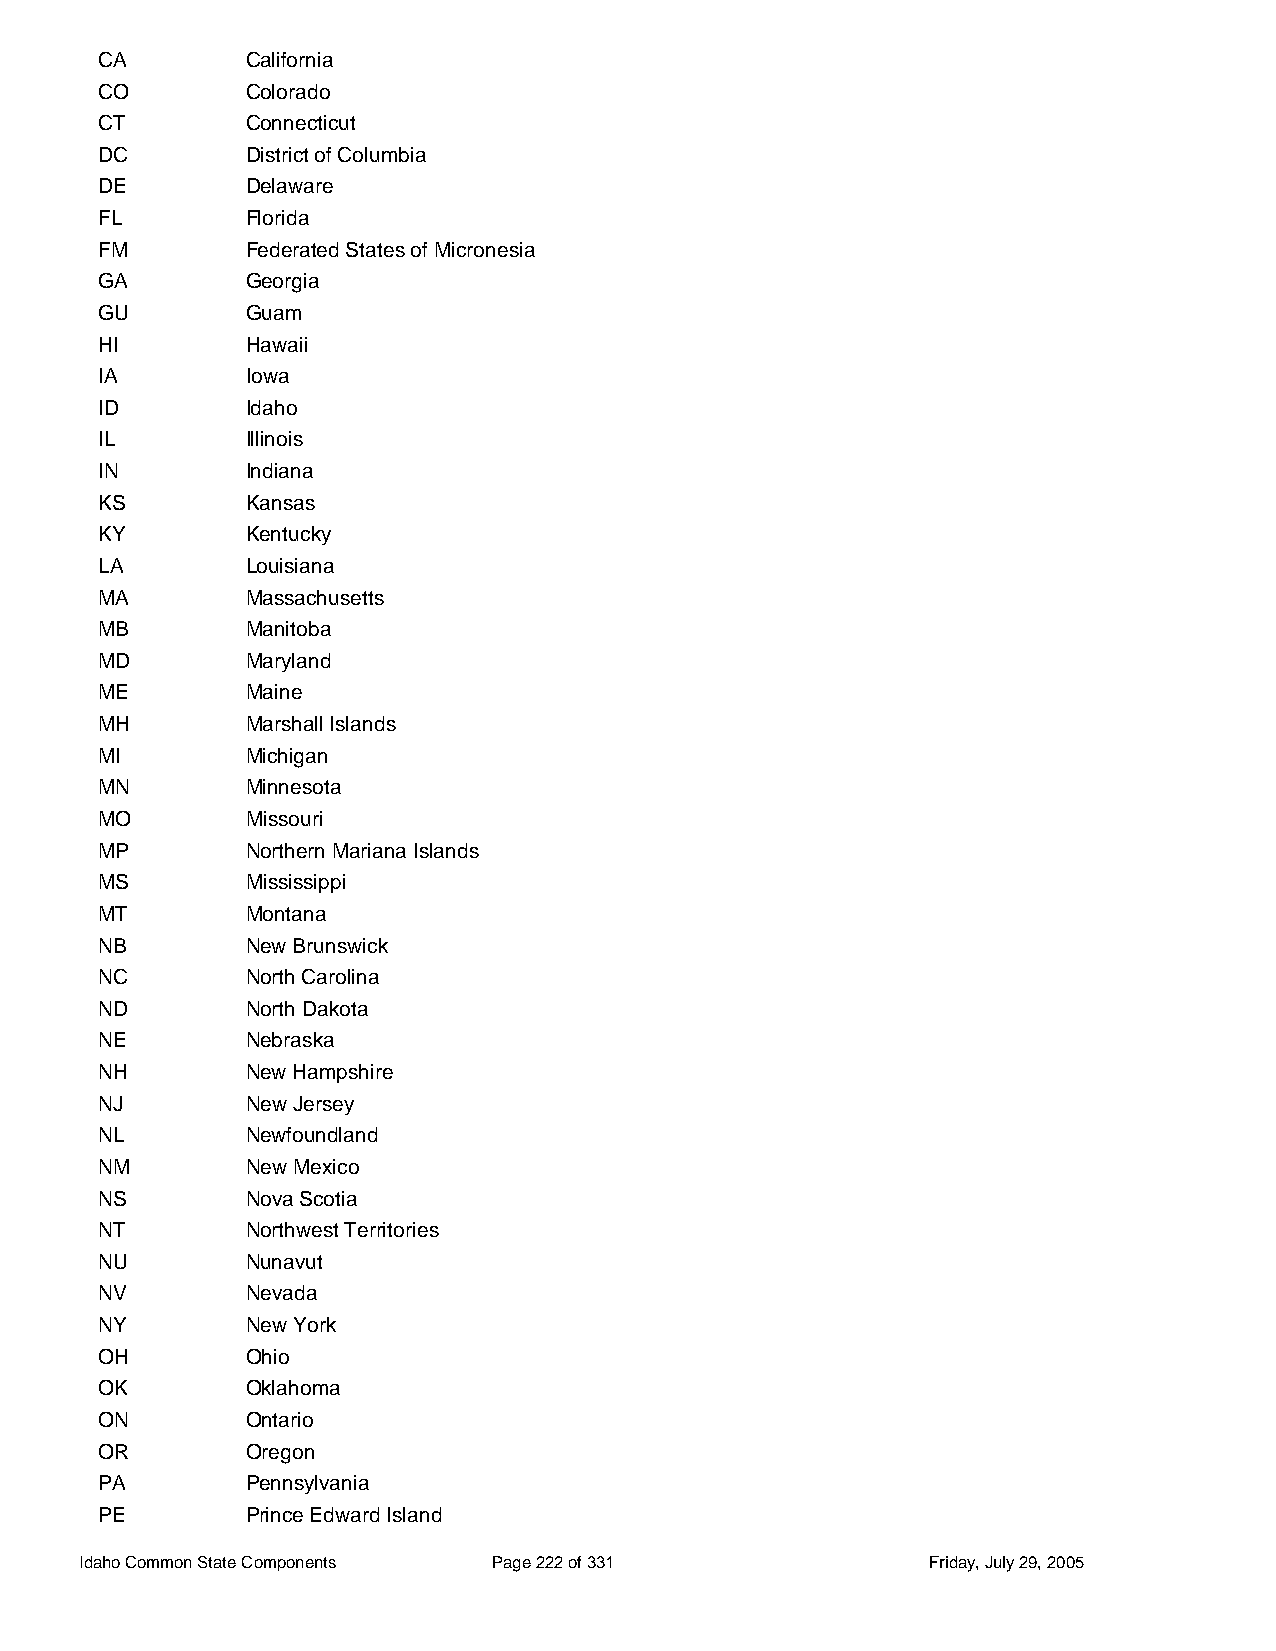
CA        California
 CO        Colorado
 CT        Connecticut
 DC        District of Columbia
 DE        Delaware
 FL        Florida
 FM        Federated States of Micronesia
 GA        Georgia
 GU        Guam
 HI        Hawaii
 IA        Iowa
 ID        Idaho
 IL        Illinois
 IN        Indiana
 KS        Kansas
 KY        Kentucky
 LA        Louisiana
 MA        Massachusetts
 MB        Manitoba
 MD        Maryland
 ME        Maine
 MH        Marshall Islands
 MI        Michigan
 MN        Minnesota
 MO        Missouri
 MP        Northern Mariana Islands
 MS        Mississippi
 MT        Montana
 NB        New Brunswick
 NC        North Carolina
 ND        North Dakota
 NE        Nebraska
 NH        New Hampshire
 NJ        New Jersey
 NL        Newfoundland
 NM        New Mexico
 NS        Nova Scotia
 NT        Northwest Territories
 NU        Nunavut
 NV        Nevada
 NY        New York
 OH        Ohio
 OK        Oklahoma
 ON        Ontario
 OR        Oregon
 PA        Pennsylvania
 PE        Prince Edward Island
 Idaho Common State Components Page 222 of 331           Friday, July 29, 2005